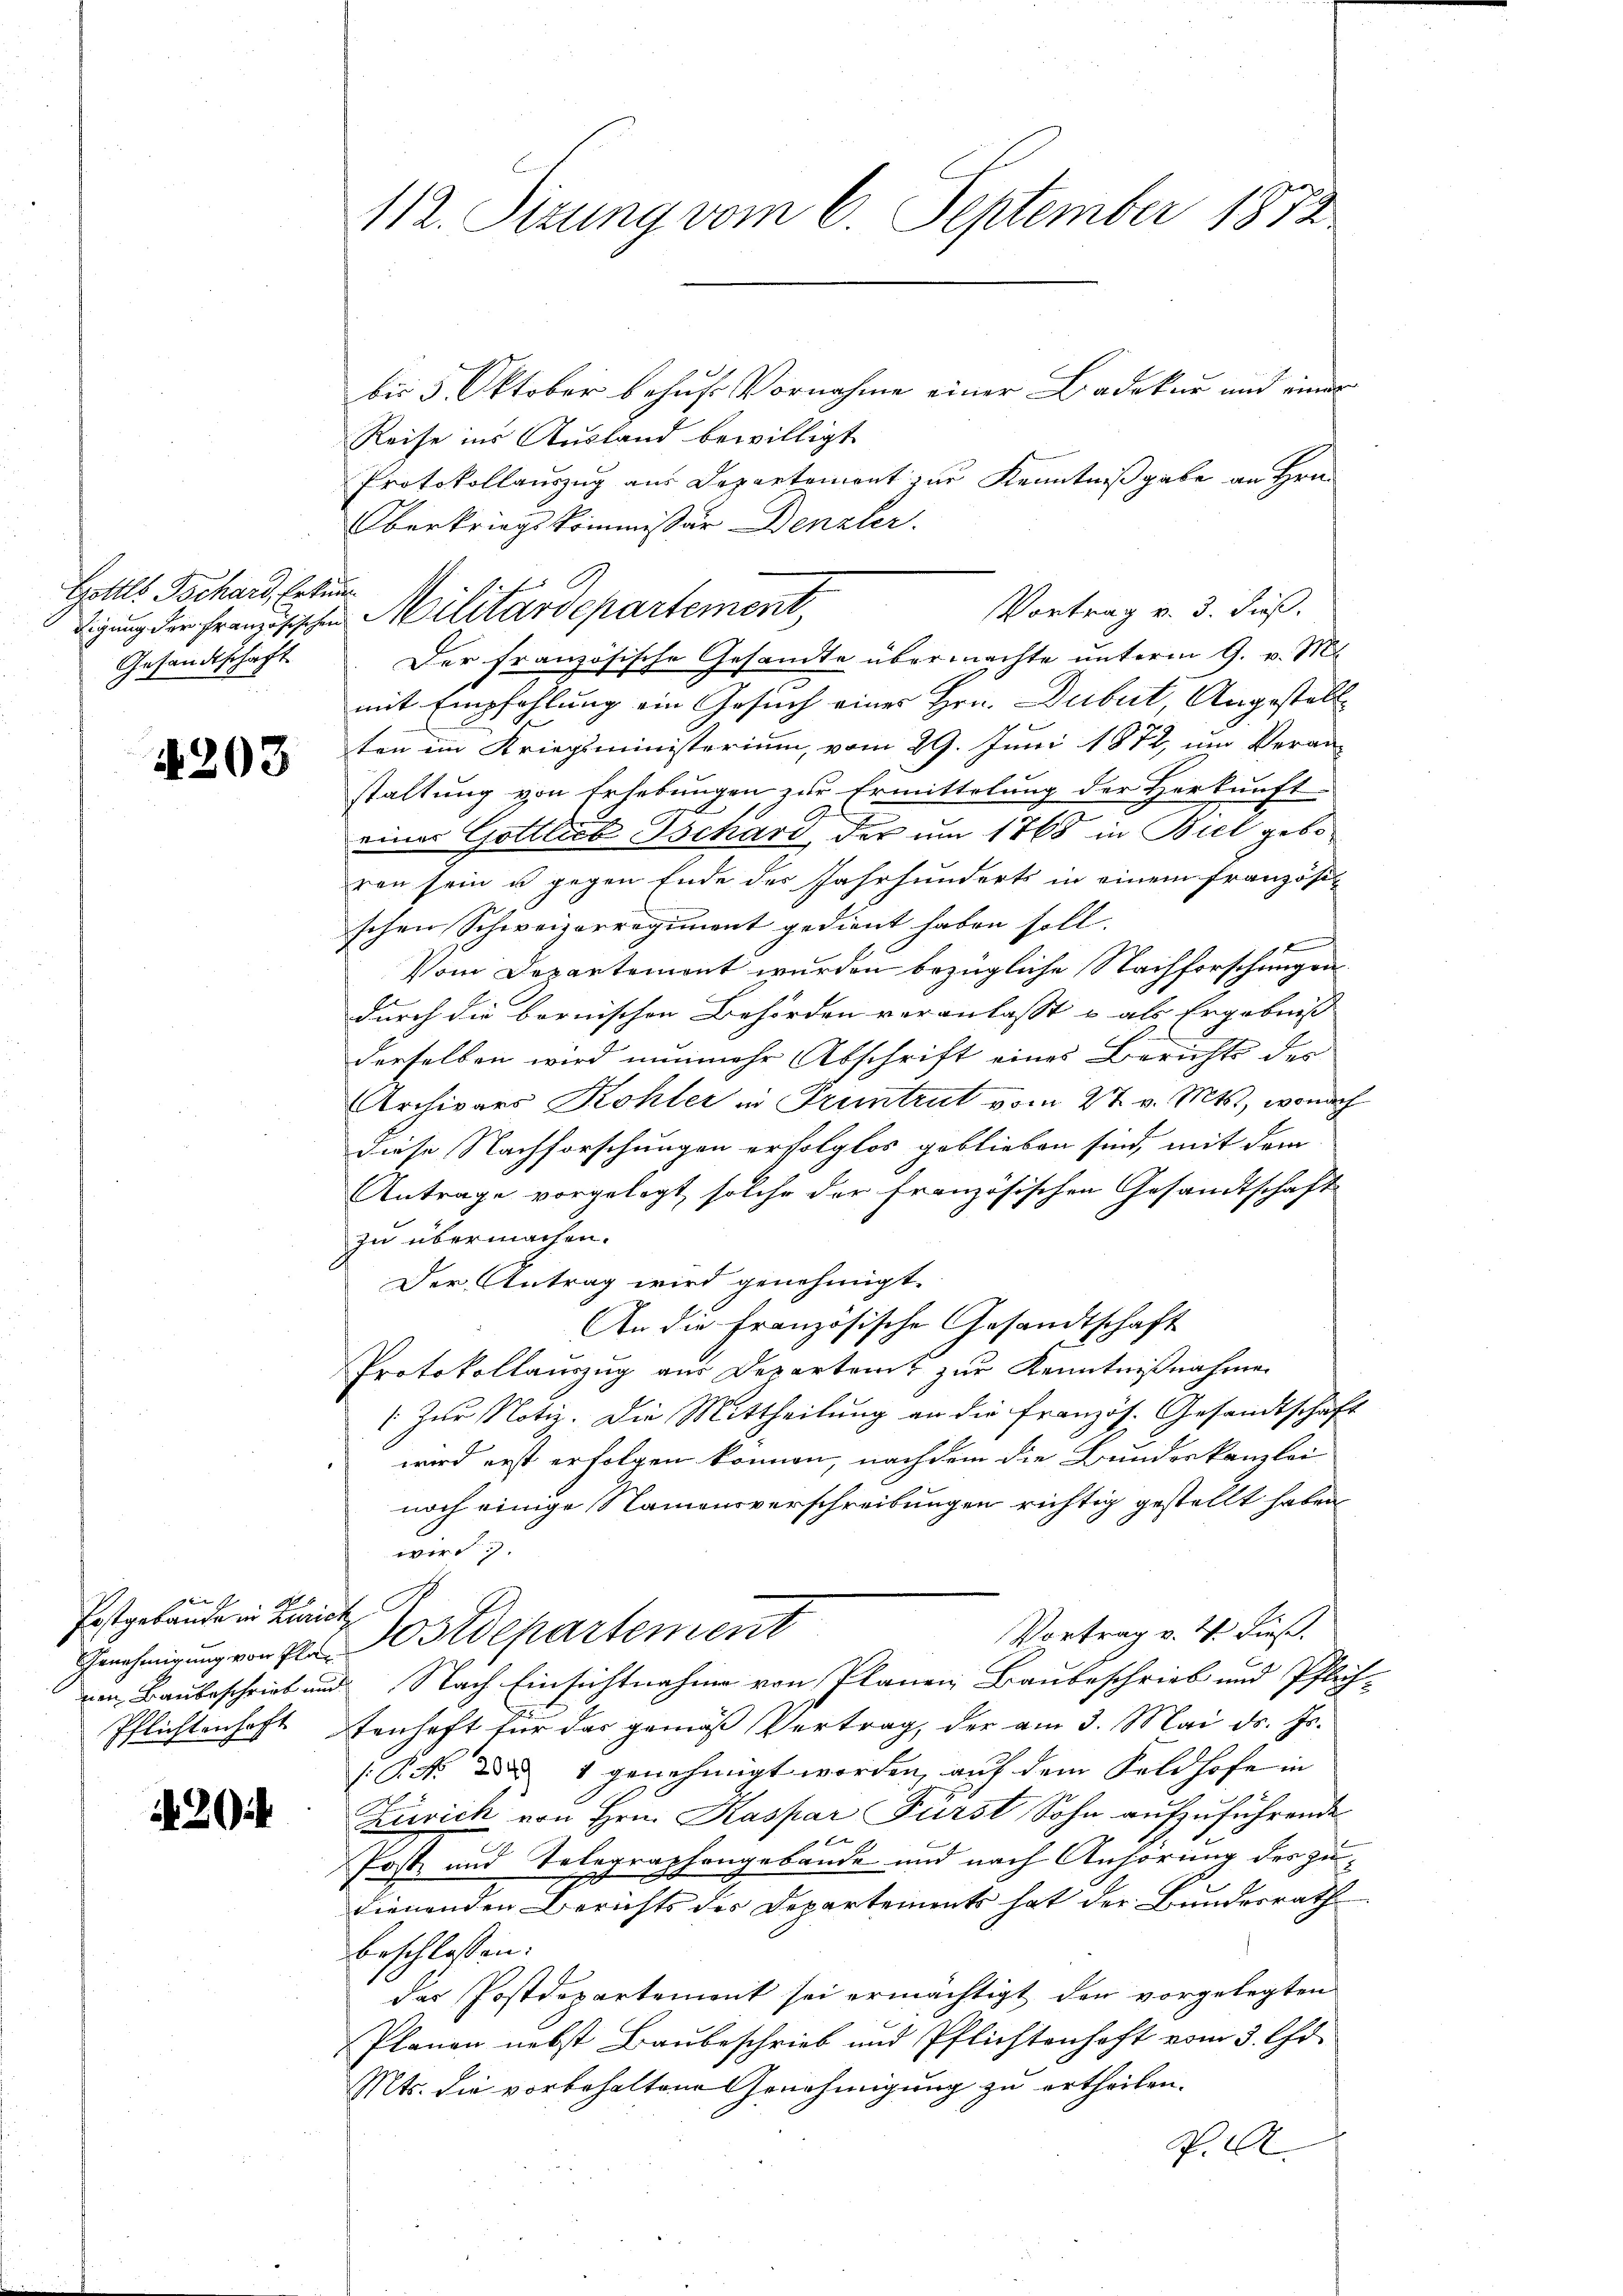
Gottls Tschard, Erkun
Gesandtschaft

4203

en
Postgebäude in Zürich
Genehmigung von Plan

20

112. Pirung vom 6. September 1872

bis 5. Oktober behuf Vornahme einer Badeker und einer
Reise ins Ausland bewilligt
Protokollauszug aus Departement zur Kenntnißgabe an Hrn.
Oberkriegskommissär Benzler.
Vortrag v. 3. dieß.
Der französische Gesandte übermachte unterm 9. v. Mt
mit Empfehlung ein Gesuch einer Hrn. Dubut, Angestellb
ten im Kriegsministerium, vom 29. Juni 1872, um Veran-
staltung von Erhebungen, zur Ermittelung der Herkunft
einer Gottlieb Tschard, der um 1768 in Biel geboren sein u gegen Ende des Jahrhunderts in einem französi-
schen Schweizerregiment gedient haben soll.
d
Vom Departemont wurden bezügliche Nachforschungen
durch die bornischen Behörden veranlasst u als Ergebniss |
derselben wird nunmehr Abschrift eines Berichts des
Archivars Kohler in Pruntrut vom 27. v. Mts., wonach
diese Nachforschungen erfolglos geblieben sind, mit dem
Antrage vorgelegt, solche der französischen Gesandtschaft
zu übermachen.
Der Antrag wird genehmigt.
An die Französische Gesandtschaft
Protokollauszug aus Departamt zur Kenntnißnahmen
(Zur Notiz. Die Mittheilung an die Französ. Gesandtschaft
wird erst erfolgen können, nachdem die Bundeskanzlei
noch einige Namensverschreibungen richtig gestellt haben,
wird.
Vortrag v. M. dieß.
Postdepartement
von Baubeschrieb und Nach Einsichtnahme von Planen Baubeschrieb und Pflich¬
Pflichtenhaft Stenhaft für das gemäß Vertrag, der am 3. Mai d. Js.
P. F. d. 1 genehmigt worden, auf dem Feldhofe in |
Zusick von Hrn. Kaspar Fürst Sohn aufzuführende
 x
Post und Telegraphengebäude und nach Anhörung des zudienenden Berichts des Departements hat der Bundesrath
beschlossen:
das Postdepartement sei ermächtigt, den vorgelegten
Planen nebst Baubeschrieb und Pflichtenhaft vom 3. Chr.
Mts. die vorbehaltene Genehmigung zu ertheilen.
P. A

digung der Französischen Militärdepartement,